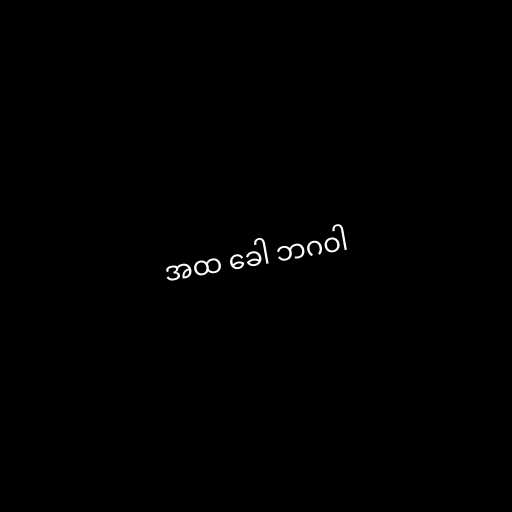
အထ ခေါ ဘဂဝါ